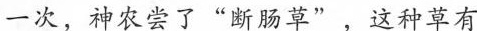
一次，神农尝了”断肠草”，这种草有